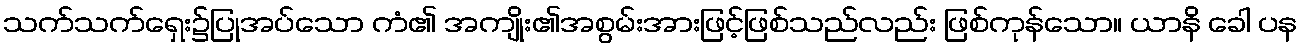
သက်သက်ရှေး၌ပြုအပ်သော ကံ၏ အကျိုး၏အစွမ်းအားဖြင့်ဖြစ်သည်လည်း ဖြစ်ကုန်သော။ ယာနိ ခေါ ပန